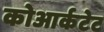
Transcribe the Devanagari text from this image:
कोआर्कटेट